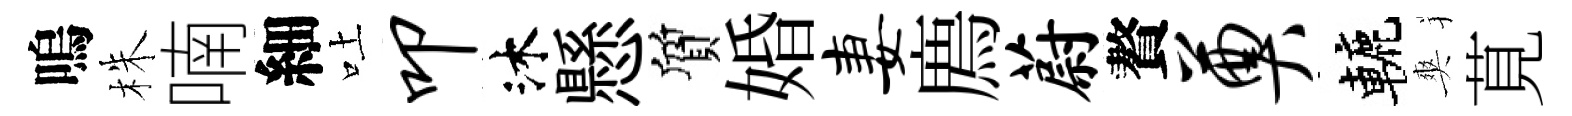
嗚株喃細吐叩沐懸質婚妻廌蔚贅奠轆爽莧